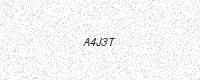
Text: A4J3T